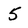
Character: 5